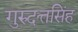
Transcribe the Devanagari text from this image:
गुरुदत्तसिंह